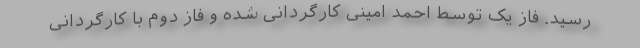
رسید. فاز یک توسط احمد امینی کارگردانی شده و فاز دوم با کارگردانی